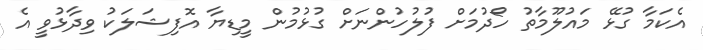
އެކަމާ ގުޅޭ މައުލޫމާތު ހޯދުމަށް ފުލުހުންނަށް ގުޅުމުން މީޑިޔާ އޮފިޝަލަކު ވިދާޅުވީ އެ